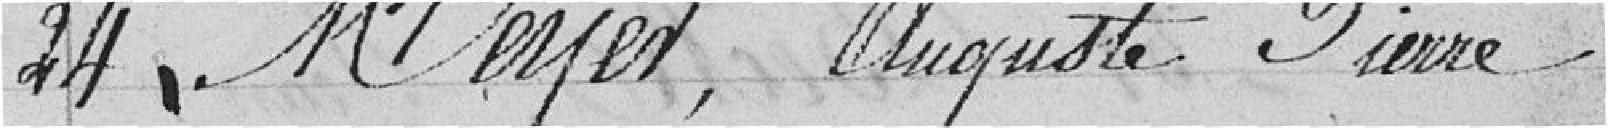
24 Meyer, Auguste Pierre